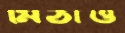
মিঠাও